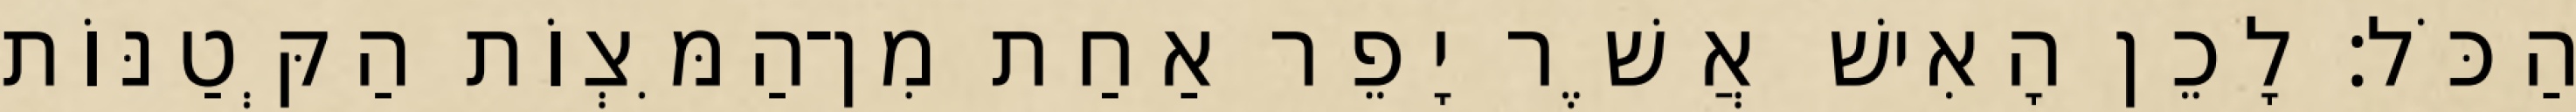
הַכֹּל׃ לָכֵן הָאִישׁ אֲשֶׁר יָפֵר אַחַת מִן־הַמִּצְוֹת הַקְּטַנּוֹת